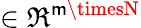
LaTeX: \in\Re^{\mathsf{m}\timesN}